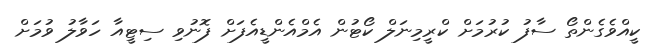
ކީއްވެގެންތޯ ސާފު ކުރުމަށް ކްރީމިނަލް ކޯޓުން އެމްއެންޑީއެފަށް ފޮނުވި ސިޓީއާ ހަވާލު ވުމަށް